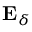
\mathbf { E } _ { \delta }